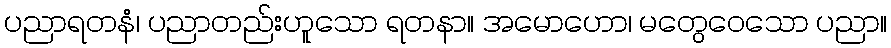
ပညာရတနံ၊ ပညာတည်းဟူသော ရတနာ။ အမောဟော၊ မတွေဝေသော ပညာ။